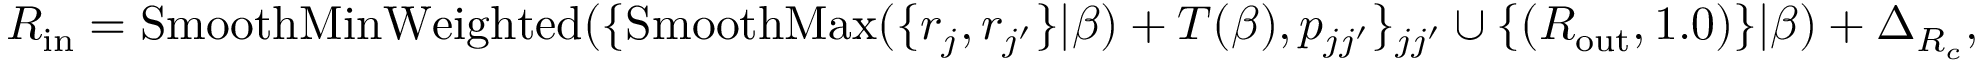
\! \! \! \! \! \! \! \! \! \! \! \! \! \! \! \! \! \! \! \! \! \! \! \! \! \! { R _ { \mathrm { i n } } } = \operatorname { S m o o t h M i n W e i g h t e d } ( \{ \operatorname { S m o o t h M a x } ( \{ r _ { j } , r _ { j ^ { \prime } } \} | \beta ) + T ( \beta ) , p _ { j j ^ { \prime } } \} _ { j j ^ { \prime } } \cup \{ ( { R _ { \mathrm { o u t } } } , 1 . 0 ) \} | \beta ) + \Delta _ { R _ { c } } \mathrm { , }